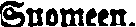
Suomeen.